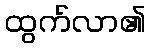
ထွက်လာ၏